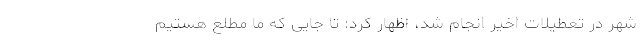
شهر در تعطیلات اخیر انجام شد، اظهار کرد: تا جایی که ما مطلع هستیم